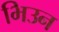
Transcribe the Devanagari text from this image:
भिउन